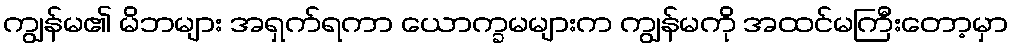
ကျွန်မ၏ မိဘများ အရှက်ရကာ ယောက္ခမများက ကျွန်မကို အထင်မကြီးတော့မှာ